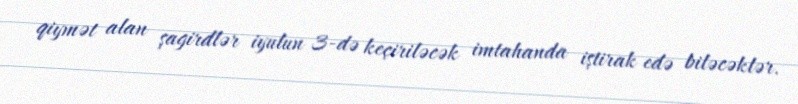
qiymət alan şagirdlər iyulun 3-də keçiriləcək imtahanda iştirak edə biləcəklər.